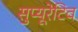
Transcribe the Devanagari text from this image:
सुप्यूरेटिव